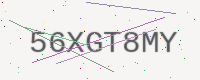
Text: 56XGT8MY